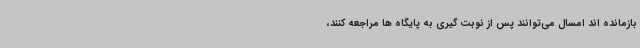
بازمانده اند امسال می‌توانند پس از نوبت گیری به پایگاه ها مراجعه کنند،